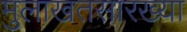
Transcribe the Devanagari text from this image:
मुलाखतसारख्या